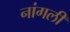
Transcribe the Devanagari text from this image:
नांगली